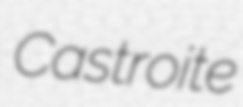
Castroite